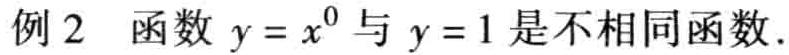
例 2  函数 \(y = x^{0}\) 与 \(y = 1\) 是不相同函数.